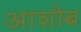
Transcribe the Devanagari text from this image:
आशोब